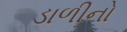
ડાળીનો